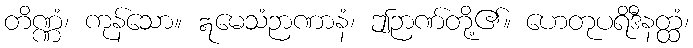
တိဏ္ဏံ၊ ကုန်သော။ ဣမေသံဉာဏာနံ၊ ဤဉာဏ်တို့၏။ ဟေတုပရိဒီနတ္ထံ၊